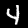
Label: 4